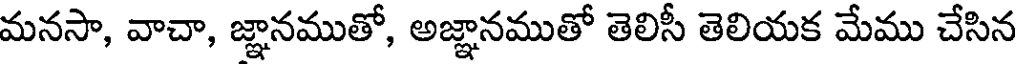
మనసా, వాచా, జ్ఞానముతో, అజ్ఞానముతో తెలిసీ తెలియక మేము చేసిన